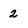
Character: 2